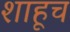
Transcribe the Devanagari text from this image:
शाहूच